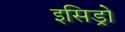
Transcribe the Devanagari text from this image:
इसिड्रो